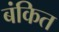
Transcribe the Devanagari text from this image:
बंकित